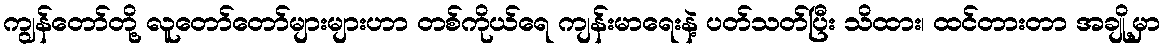
ကျွန်တော်တို့ လူတော်တော်များများဟာ တစ်ကိုယ်ရေ ကျန်းမာရေးနဲ့ ပတ်သတ်ပြီး သိထား၊ ထင်တားတာ အချို့မှာ